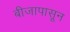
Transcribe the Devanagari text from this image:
बीजापासून